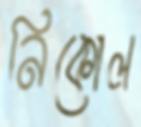
নিকোল